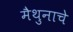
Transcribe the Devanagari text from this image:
मैथुनाचे